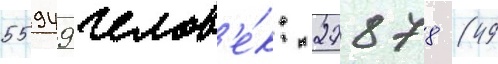
55949 челов'е́к: 27878 (49